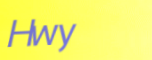
Hwy